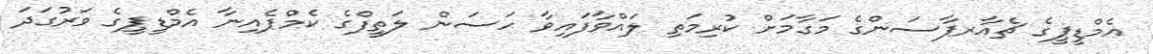
އެމްޑީޕީގެ ޗެއާރޕާސަންގެ މަގާމަށް ކުރިމަތި ލައްވާފައިވާ ހަސަން ލަތީފްގެ ކެމްޕެއިނާ އެމްޑީޕީގެ ވަރުގަދަ